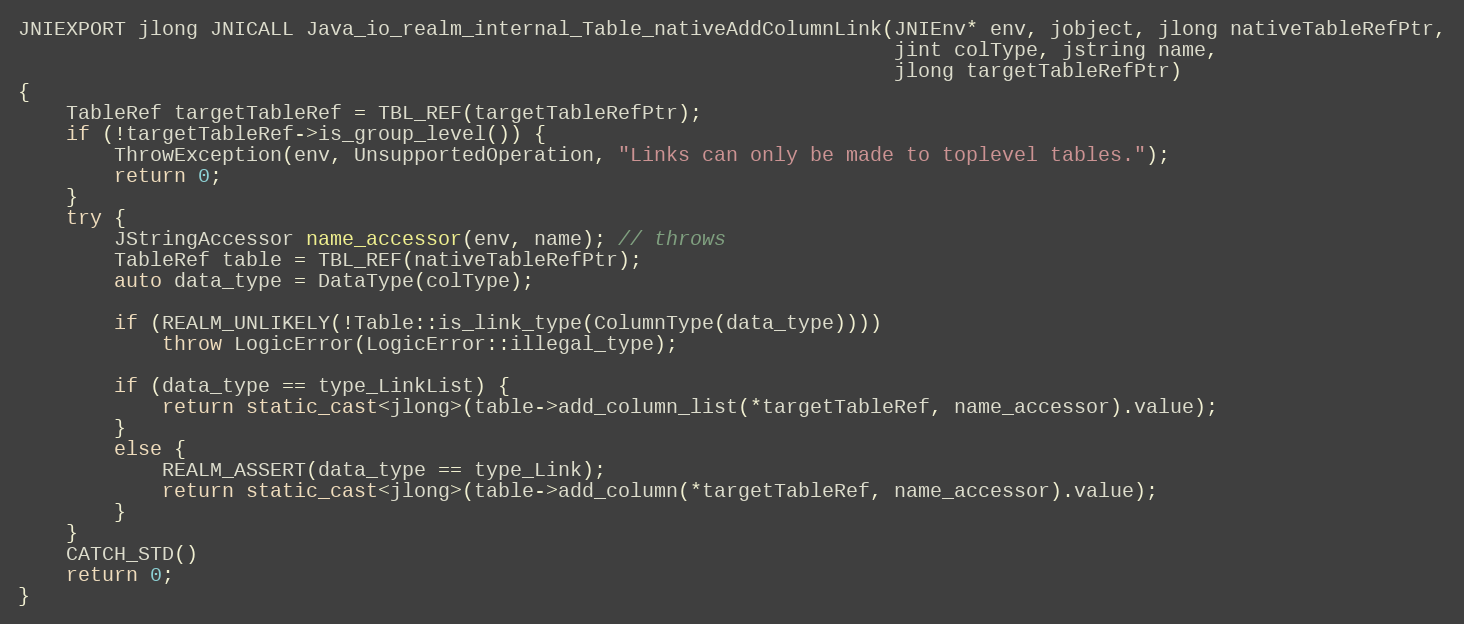
Language: C++
JNIEXPORT jlong JNICALL Java_io_realm_internal_Table_nativeAddColumnLink(JNIEnv* env, jobject, jlong nativeTableRefPtr,
                                                                         jint colType, jstring name,
                                                                         jlong targetTableRefPtr)
{
    TableRef targetTableRef = TBL_REF(targetTableRefPtr);
    if (!targetTableRef->is_group_level()) {
        ThrowException(env, UnsupportedOperation, "Links can only be made to toplevel tables.");
        return 0;
    }
    try {
        JStringAccessor name_accessor(env, name); // throws
        TableRef table = TBL_REF(nativeTableRefPtr);
        auto data_type = DataType(colType);

        if (REALM_UNLIKELY(!Table::is_link_type(ColumnType(data_type))))
            throw LogicError(LogicError::illegal_type);

        if (data_type == type_LinkList) {
            return static_cast<jlong>(table->add_column_list(*targetTableRef, name_accessor).value);
        }
        else {
            REALM_ASSERT(data_type == type_Link);
            return static_cast<jlong>(table->add_column(*targetTableRef, name_accessor).value);
        }
    }
    CATCH_STD()
    return 0;
}